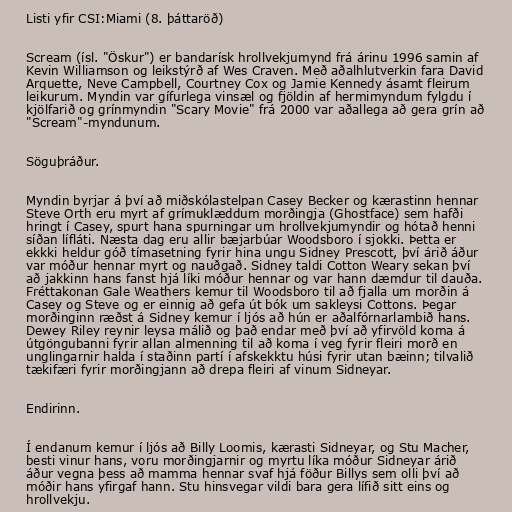
Listi yfir CSI:Miami (8. þáttaröð)

Scream (ísl. "Öskur") er bandarísk hrollvekjumynd frá árinu 1996 samin af
Kevin Williamson og leikstýrð af Wes Craven. Með aðalhlutverkin fara David
Arquette, Neve Campbell, Courtney Cox og Jamie Kennedy ásamt fleirum
leikurum. Myndin var gífurlega vinsæl og fjöldin af hermimyndum fylgdu í
kjölfarið og grínmyndin "Scary Movie" frá 2000 var aðallega að gera grín að
"Scream"-myndunum.

Söguþráður.

Myndin byrjar á því að miðskólastelpan Casey Becker og kærastinn hennar
Steve Orth eru myrt af grímuklæddum morðingja (Ghostface) sem hafði
hringt í Casey, spurt hana spurningar um hrollvekjumyndir og hótað henni
síðan lífláti. Næsta dag eru allir bæjarbúar Woodsboro í sjokki. Þetta er
ekkki heldur góð tímasetning fyrir hina ungu Sidney Prescott, því árið áður
var móður hennar myrt og nauðgað. Sidney taldi Cotton Weary sekan því
að jakkinn hans fanst hjá líki móður hennar og var hann dæmdur til dauða.
Fréttakonan Gale Weathers kemur til Woodsboro til að fjalla um morðin á
Casey og Steve og er einnig að gefa út bók um sakleysi Cottons. Þegar
morðinginn ræðst á Sidney kemur í ljós að hún er aðalfórnarlambið hans.
Dewey Riley reynir leysa málið og það endar með því að yfirvöld koma á
útgöngubanni fyrir allan almenning til að koma í veg fyrir fleiri morð en
unglingarnir halda í staðinn partí í afskekktu húsi fyrir utan bæinn; tilvalið
tækifæri fyrir morðingjann að drepa fleiri af vinum Sidneyar.

Endirinn.

Í endanum kemur í ljós að Billy Loomis, kærasti Sidneyar, og Stu Macher,
besti vinur hans, voru morðingjarnir og myrtu líka móður Sidneyar árið
áður vegna þess að mamma hennar svaf hjá föður Billys sem olli því að
móðir hans yfirgaf hann. Stu hinsvegar vildi bara gera lífið sitt eins og
hrollvekju.